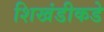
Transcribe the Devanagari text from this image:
शिखंडीकडे